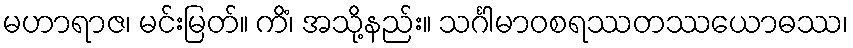
မဟာရာဇ၊ မင်းမြတ်။ ကိံ၊ အသို့နည်း။ သင်္ဂါမာဝစရဿတဿယောဓဿ၊